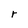
Character: r